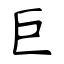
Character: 巨